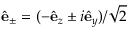
\hat { \bf e } _ { \pm } = ( - \hat { \bf e } _ { z } \pm i \hat { \bf e } _ { y } ) / \sqrt { 2 }